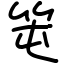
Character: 𥫱